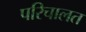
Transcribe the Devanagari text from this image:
परिचालत